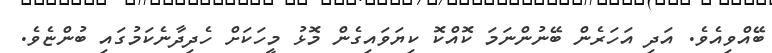
ބޭއްވިއެވެ. އަދި އަހަރެން ބޭނުންނަމަ ކޮއްކޮ ކިޔަވައިގެން މޮޅު މީހަކަށް ހެދިދާނެކަމުގައި ބުންޏެވެ.